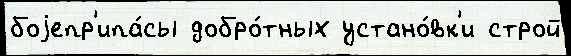
боjепр'ипа́сы добро́тных устано́вк'и строй